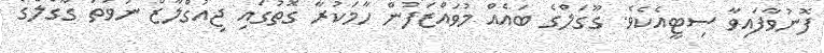
ފޮނުވާފައިވާ ސިޓީއެކެވެ. ގޫގަލްގެ ބައެއް މުވައްޒަފުން ހާމަކުރާ ގޮތުގައި ޖިއުގްލާޒް ނުވަތަ ގޫގަލްގެ